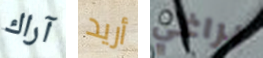
آراك أريد براغي